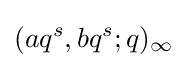
(aq^{s},bq^{s};q)_{\infty }